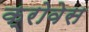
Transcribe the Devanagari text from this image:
क्रोवेस